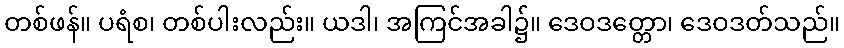
တစ်ဖန်။ ပရံစ၊ တစ်ပါးလည်း။ ယဒါ၊ အကြင်အခါ၌။ ဒေဝဒတ္တော၊ ဒေဝဒတ်သည်။